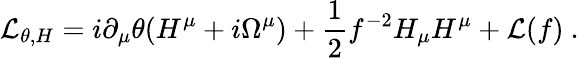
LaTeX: {\cal L}_{\theta,H}=i\partial_{\mu}\theta(H^{\mu}+i\Omega^{\mu})+{\frac{1}{2}}f^{-2}H_{\mu}H^{\mu}+{\cal L}(f)\ .